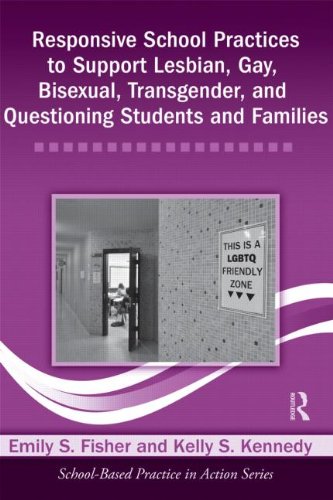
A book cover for Responsive School Practices to Support Lesbian, Gay, Bisexual, Transgender, and Questioning Students and Families (School-Based Practice in Action); Emily S. Fisher; Gay & Lesbian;